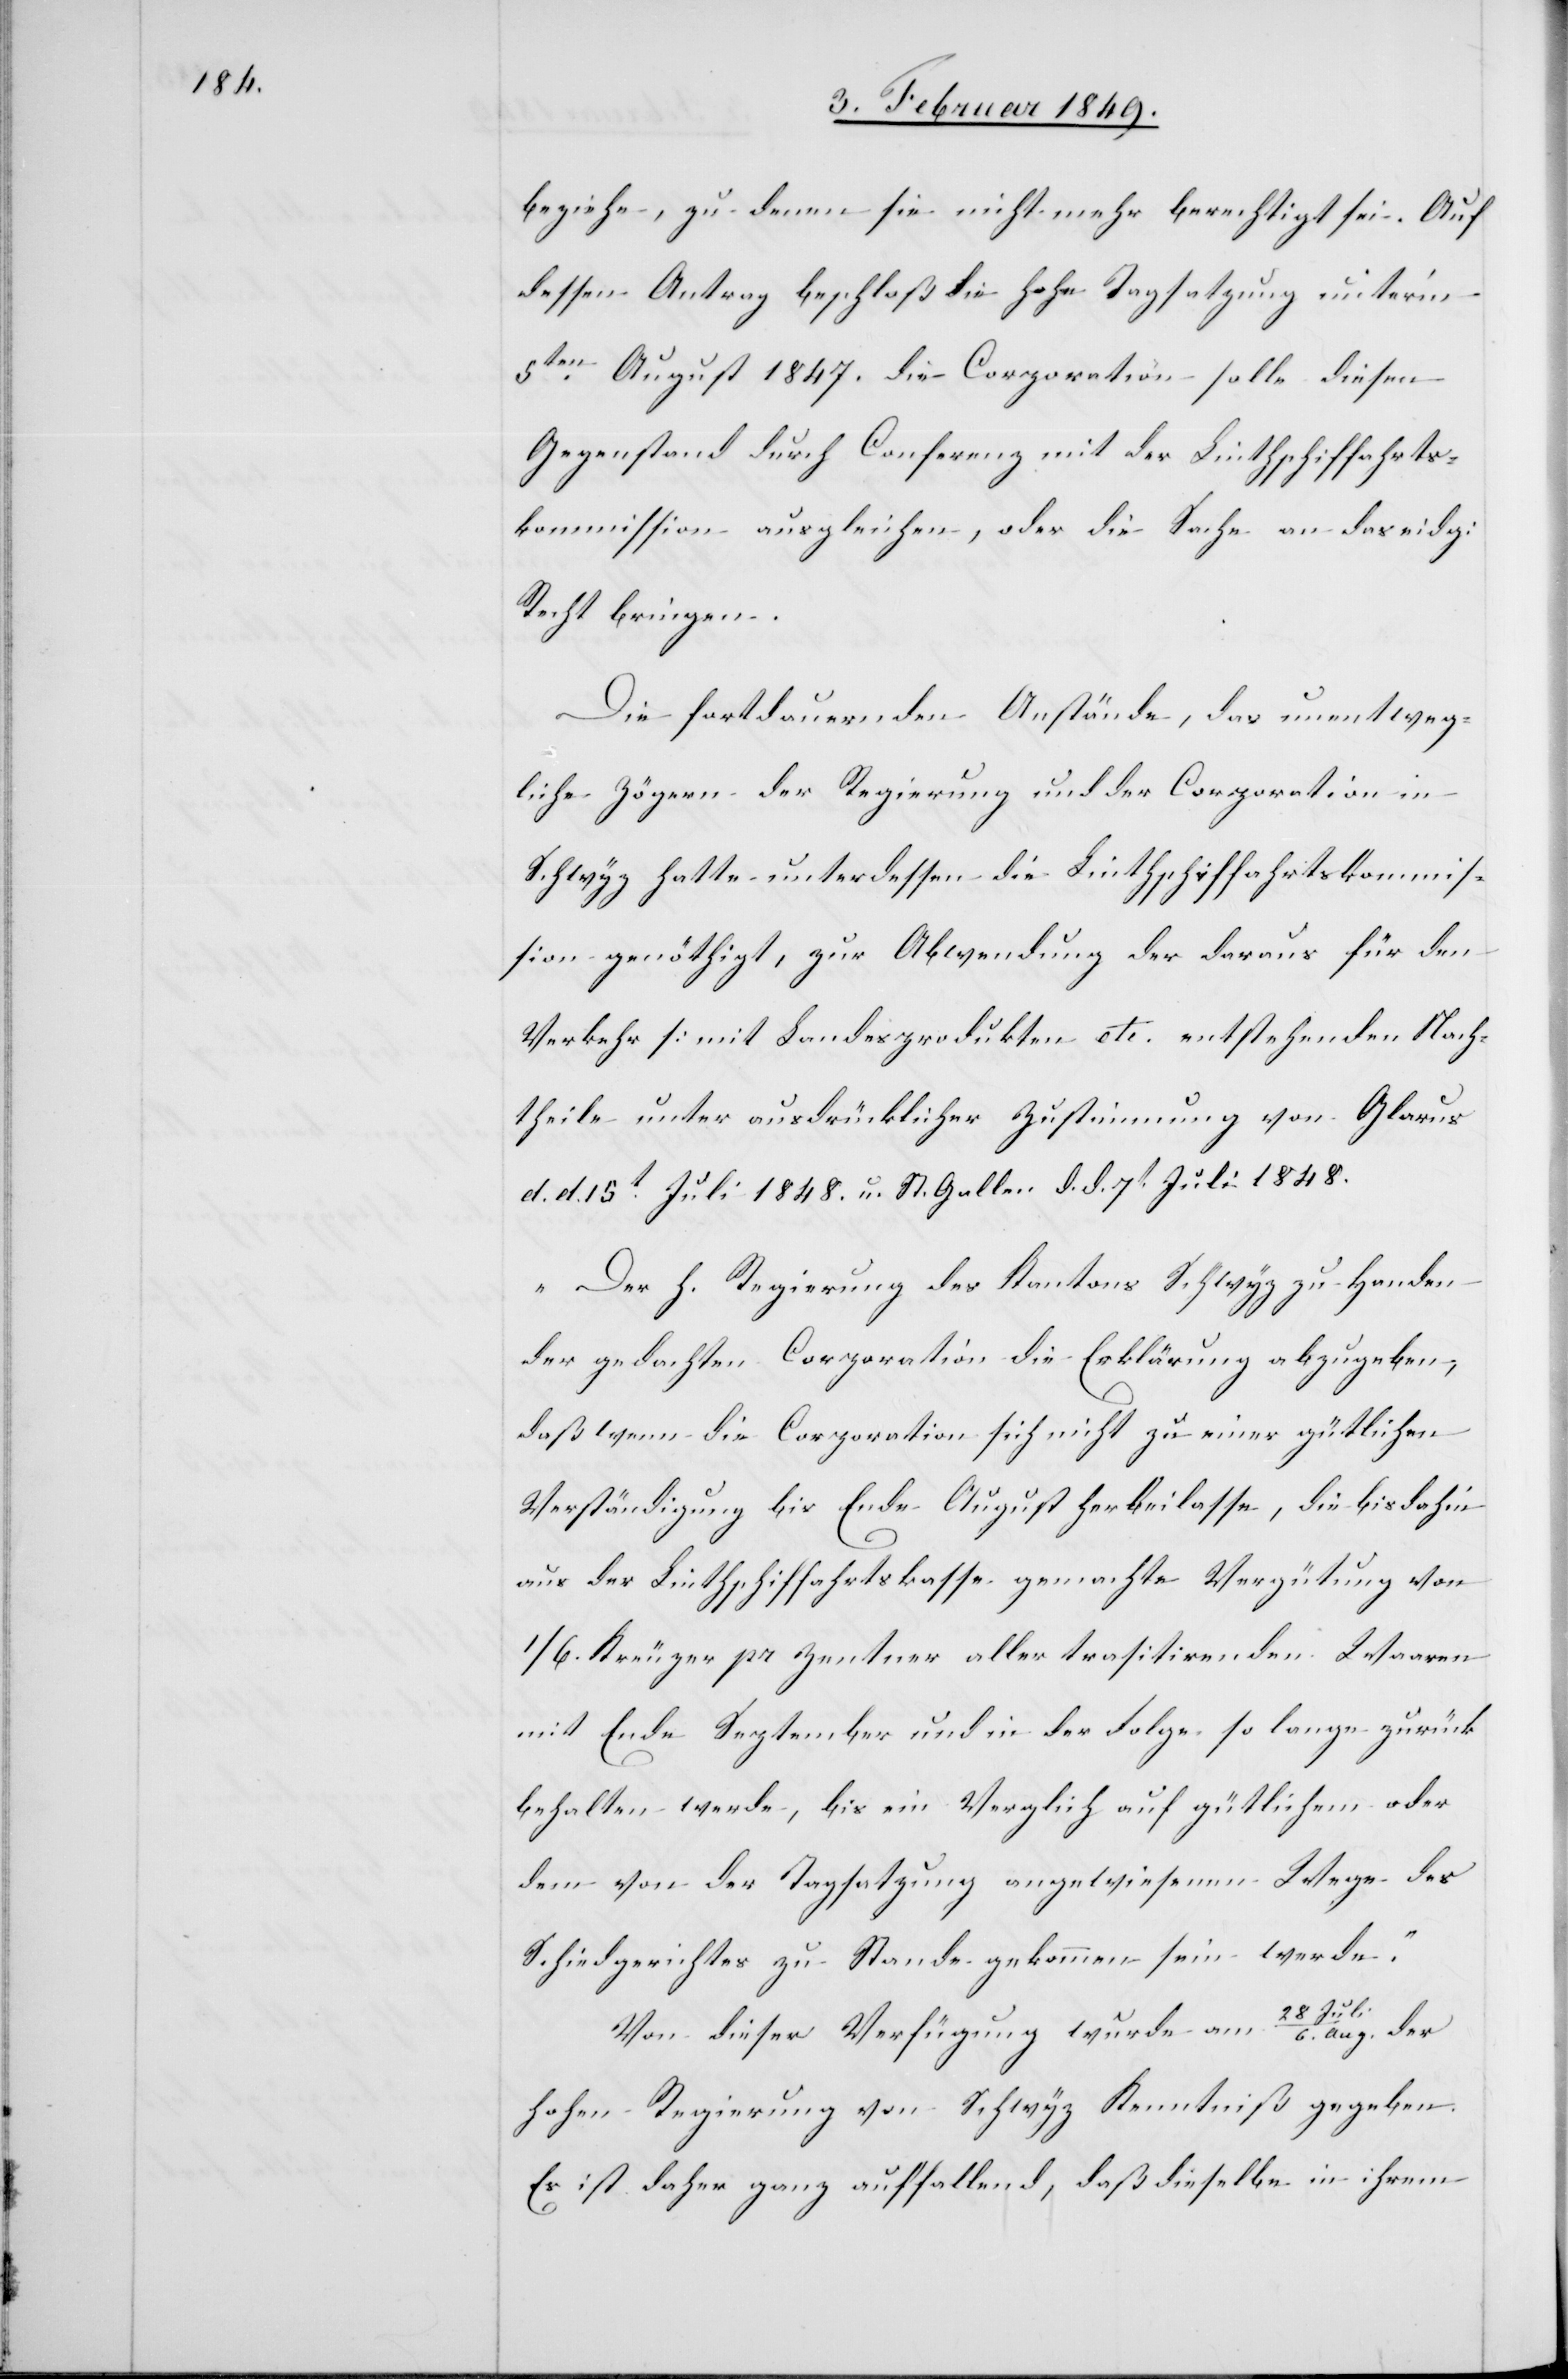
beziehe, zu denen sie nicht mehr berechtigt sei. Auf
dessen Antrag beschloß die hohe Tagsatzung unter’m
5ten. August 1847. die Corporation solle diesen
Gegenstand durch Conferenz mit der Linthschiffahrts¬
kommission ausgleichen, oder die Sache an das eidg:
Recht bringen.
Die fortdauernden Anstände, das unentweg¬
liche Zögern der Regierung und der Corporation in
Schwyz hatte unterdessen die Linthschiffahrtskommis¬
sion genöthigt, zur Abwendung der daraus für den
Verkehr [mit Landesprodukten etc. []] entstehenden Nach¬
theile unter ausdrücklicher Zustimmung von Glarus
d. d. 15t. Juli 1848. u. St. Gallen d. d. 7t. Juli 1848.
„Der h. Regierung des Kantons Schwyz zu Handen
der gedachten Corporation die Erklärung abzugeben,
daß wenn die Corporation sich nicht zu einer gütlichen
Verständigung bis Ende August herbeilasse, die bis dahin
aus der Linthschiffahrtskasse gemachte Vergütung von
1/6. Kreuzer pr Zentner aller tra[n]sitirenden Waaren
mit Ende September und in der Folge so lange zurück
behalten werde, bis ein Verglich auf gütlichem oder
dem von der Tagsatzung angewiesenen Wege des
Schiedgerichtes zu Stande gekommen sein werde.“
Von dieser Verfügung wurde am 28 Juli/6. Aug. der
hohen Regierung von Schwyz Kenntniß gegeben.
Es ist daher ganz auffallend, daß dieselbe in ihrem